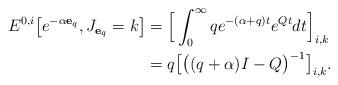
LaTeX: \begin{align*}{E}^{0,i}\big[e^{-\alpha\mathbf{e}_q}, J_{\mathbf{e}_q}=k\big]&= \Big[\int_0^\infty qe^{-(\alpha+q) t}e^{Qt}dt\Big]_{i,k}\\&= q\big[\big((q+\alpha)I -Q\big)^{-1}\big]_{i,k}. \end{align*}